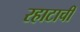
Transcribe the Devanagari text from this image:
रहाटाची